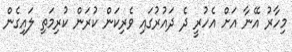
މިހާރު އޭނާ އަށް އެހުރީ ދެ ދައުރުގައި ވެރިކަން ކުރަން ކުރިމަތި ލައިގެން